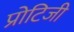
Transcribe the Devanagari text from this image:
प्रोटिजी